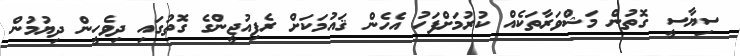
ސިޔާސީ ގޮތުން މަޝްވަރާތަކެއް ކުރުމަށްފަހު އެހެން ޤައުމަކަށް ރެފިއުޖީންގެ ގޮތުގައި ދިވެހީން ދިޔުމުން